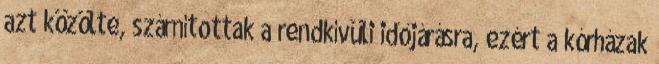
azt közölte, számítottak a rendkívüli időjárásra, ezért a kórházak